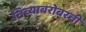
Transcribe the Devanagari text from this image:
तिच्याबरोबरची